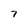
Character: 7